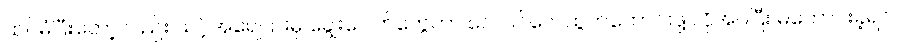
ထပ်မံပြီးတော့လည်း သင့်အရေပြားမှ ချွေးပေါက်တွေဟာ လေဝင်လေထွက်ကောင်းဖို့ လိုအပ်ပြီး မကောင်းခဲ့ရင်